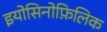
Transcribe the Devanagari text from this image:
इयोसिनोफ़िलिक